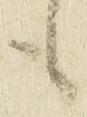
も